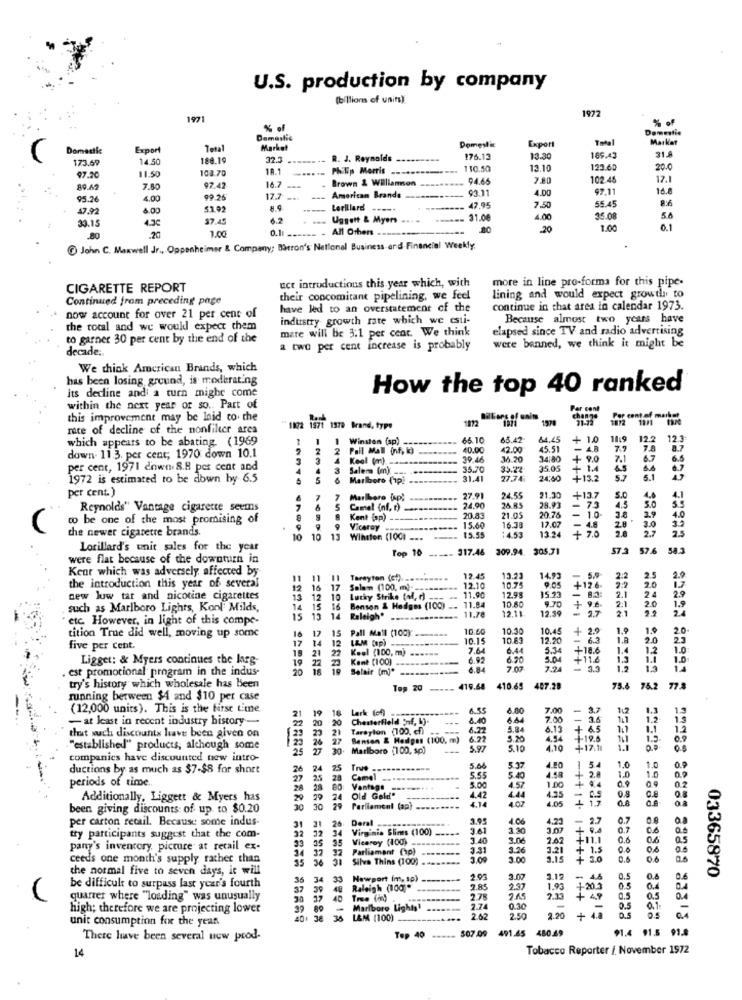
U.S. production by company
billions of unin)
1972
1971
% of
% of
Domestic
Demaslie
Export
Total
Market
Domestic
Export
Tetal
Market
Domestic
173.69
14.50
188.19
32.3 ..
R. J. Reynolds
------
176.1
13.30
169.42
31.8
108.70
1R.1
Philip Morris ..
110.50
13.10
123.60
20.0
97.20
11.50
Brown & Williamson
94.65
7.80
102 48
17.1
89.42
7.80
7.42
16.7 .
93.1
4.00
97.11
14.2
95.26
4.00
99.26
17.7
-
American Brands
-------
55.45
8:6
47.92
4.00
51.02
8.9
Lorillard -----
47,95
7.50
30.1.
4.30
$7.45
6.2
Uggett & Myers ... .
31.0€
4.00
35.0
5.6
0.1
All Others
.20
1.00
01
.20
.20
1.00
@ John C. Maxwell Jr ., Oppenheimer & Company; Barron's National Business and Financial Weekly.
uct introductions this year which, with
more in line pro-forma for this pipe-
CIGARETTE REPORT
Continued from preceding page
their concomitant pipelining, we feel
lining and would expect growth to
have led to an overstatement of the
continue in chat area in calendar 1973.
now account for over 21 per cent of
industry growth rate which we esti-
Because almost two years have
the total and we woukl expect them
mare will be 3.1 per cent. We think
elapsed since TV and radio advertising
to garner 30 per cent by the end of the
were banned, we think it might be
decade:
a two per cent increase is probably
We think American Brands, which
has been losing ground, is moderating
its decline andi a turn mighe come
How the top 40 ranked
within the next year of so .. Part of
this improvement may be laid co. the
1172
1971
rate of decline of the nonfilter area
1872 1971 1379 Brand, type
which appears to be abating (1969
1 1 Winston (sp)
66.10
65.42
64.45
+ 1.0
11:9 12.2 123
2 Pall Mall (nf, i)
40.00
42.00
45.51
4.8
7.7
down. 11.3. per cent; 1970 down 10.1
4
Keel (m).
39.46
34:80
+ 9.0 7.1 6.7
per cent, 1971 down 8.8 per cent and
4
3
Salens (m)
35.70
35.22
35.05
1.4 45
1972 is estimated to be down by 6.5
6 5 6 Marlboro (1p!
31.41
27.74
24,60
+13.2
5.7 5.1
per cent.)
21.30
7 7 Marlboro fap!
27.91
24.55
28.93
+13.7
5.0
Reynolds" Vantage cigarette seems
S
Camel (nf, r)
-
24.90
24.85
20.76
73 4.5
1.0.
3.0 3.5
co be one of the most promising of
Kent (sp)
20.83
21.05
12.07
- 1
3.8
3.9 4.0
the newer cigarette brands.
Viceroy
15.60
15.55
14.53
16.38
13.24
+ 7.0
2.8
2.8
10
10
13
Winston (1001 ---
Lorillard's unit sales for the year
Top 10
317.46
309.94. 30571
37.3
57.6 58.3
were flat because of the downturn in
Keur which was adversely affected by
11
11
Tarayton (ct)
12.45
13.23
14.93
9.05
2:2
2.5
2.
the introduction this year of several
12
16
17
Salam (100, m).
12.10
11.90
10.75
15.23
+12.6.
2.1
2.0
20
new luw tar and nicotine cigarettes
12
10
Lucky Strike (of, d).
12.95
9.70
+ 9
96
2:1
2.0
such as Marlboro Lights, Kont Milds,
14 15 16 Benson & Hedges (100)
11.84
11.78
12.11
10.80
12.19
3.7
21
1.9
24
etc. However, in light of this compe-
15
15
14 Raleigh'
tition True did well, moving up some
16 17 15 Pall Mall (100)
10:60
10.30
10.45
+ 2.9
1.9
1.9
2.0
17 14 12
LAM (ap) -
10.15
10.63
12.20
6.3
1.A
2.0
2.3
five per cent
Keel (100, m) ------
7.64
6.44
5.34
+18.6
1.4
1.2
1.0
Ligget: & Myers continues the larg-
19 21 22
6.92
6.20
5.04
-11.6
1.3
1.1
1.0
. est promotional program in the indus-
19 22
20 18 19 Belair [m]*
6.84
7.07
7.24
- 3.3
1.2
try's history which wholesale has been
Top 20
419.68
410.65 467.28
75.6 75.2 77.8
running between $4 and $10 per case
(12,000 units). This is the first time
19
16
Lark (of)
--
8.55
6.80
7.00
-
3.7
1.3
- at least in recent industry history -
21
22
20
Chesterfield Enf, L).
8.40
- 3.5
that wuch discounts have been given on
23
23 21
Tarayion (100. cf)
6.22
5.84
6.13
6.5
12
26 27
Benson & Hedgas (100. m)
6:22
5.20
4,54
1.5
"established" products, although some
25
27
30. Marlboro (100, sp)
5.97
5.10
4.10
+17.11
0.8
companies have discounted new intro-
ductions by as much as $7-$8 for short
26 24
25
True
------
5.66
5.37
4.20
1.0
1.0
1.0
0.9
periods of time
25
28
Camel
5.00
5.55
5.40
4.58
+ 2.8
10
28
28
Vantage -
4.57
1.00
0.9
0.2
Additionally, Liggett & Myers has
20
29 24
Old Gold*
4.14
1.42
4.44
4.07
4.35
4.05
-
. 13
0.8
0.8
C.e
been giving discounts of up to $0.20
30
30
Parliament (ap)
per carton retail. Because some indus-
Deral
3.95
4.06
4.23
2.7
0.7
31
32 32 34
31 26
irginia Slims (100)
9.41
3.30
3.07
+ 9.4
0.7
try participants suggest that the com-
Vicarey (100)
3.40
3.06
2.42 +11,1
0.6
0.6
pany's inventory, picture at retail ex-
33 35 35
Parliament (ap)
3.31
3.26
3.21
+ 1.5
0.0
ceeds one month's supply rather than
34 32 32
35 36 31
Silva Thins (100)
3.00
3.15
+ 3.0
0.6
the normal five to seven days, it will
36 34 33
Newport (m, sp)
2.93
3.07
3.12
0.5
0.6
0.6
03365870
be difficult to surpass last year's fourth
37
39 48
Raleigh (100).
7.85
2.37
1.93
+20.3
0.5
0.4
quarter where "loading" was unusually
30 37 40
278
2.33
+ 49
0.5
0.5
0.4
high; therefore we are projecting lower
Marlboro Lights
7.74
0.30
-
0.5
0.1
unit consumption for the year
L&M (100)
2.62
2.50
2.20
+
04
491.45 48029
$1.4
91.5
There have been several uow prod-
Top 40
$07.09
Tobacco Reporter / November 1972
14